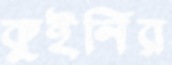
কুইনির